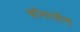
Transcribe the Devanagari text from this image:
कॉमनसेंस